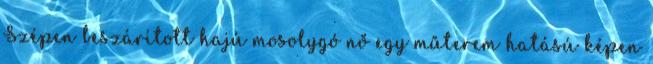
Szépen beszárított hajú mosolygó nő egy műterem hatású képen